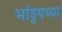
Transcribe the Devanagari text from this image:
भांडुपच्या